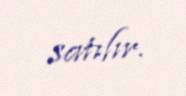
satılır.